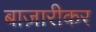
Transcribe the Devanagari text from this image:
बाज़ारीकर